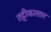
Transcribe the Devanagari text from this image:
तट्टीकासार